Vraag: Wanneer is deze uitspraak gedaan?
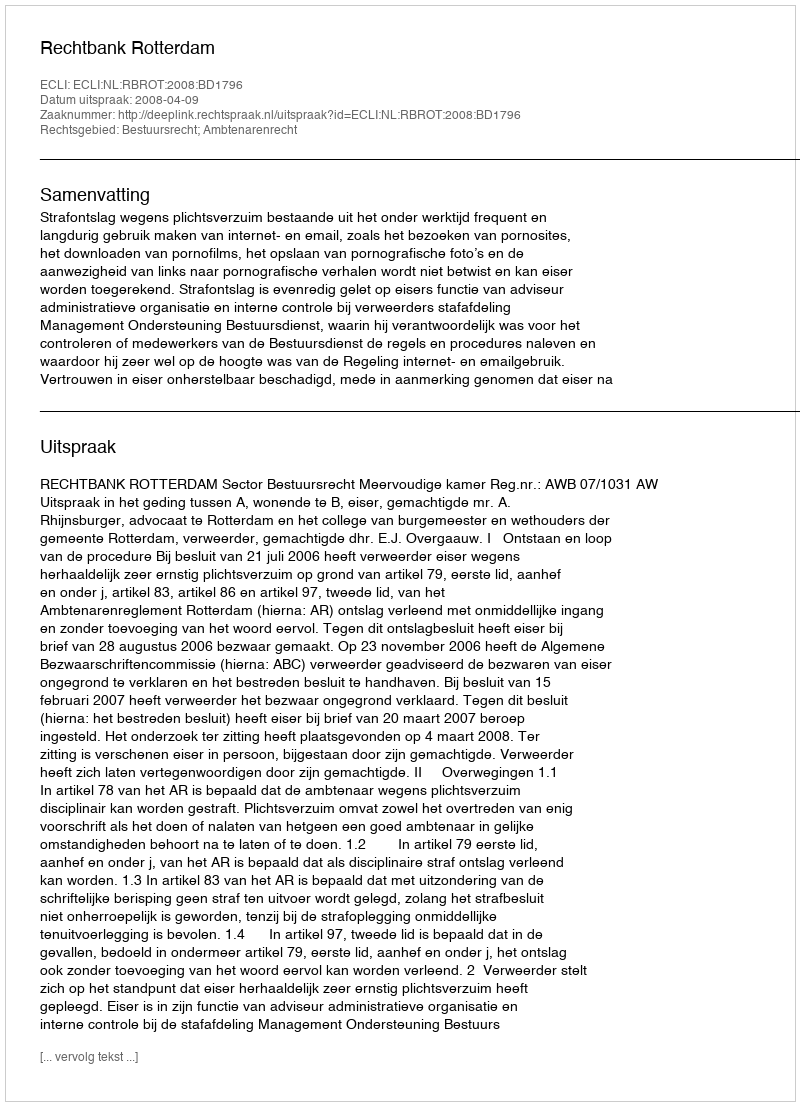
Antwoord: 2008-04-09